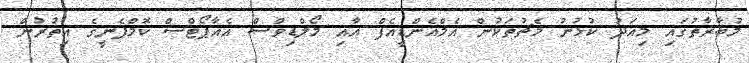
މުބާރާތުގައި މިއަދު ކުޅުނު މެޗުތަކުން އެމްއެންޑީއެފް އާއި މޯލްޑިވްސް އެއާޕޯޓްސް ކޮމްޕެނީގެ އިތުރުން